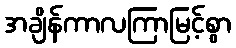
အချိန်ကာလကြာမြင့်စွာ